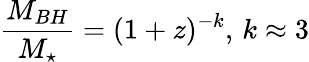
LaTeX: \frac{M_{BH}}{M_{\star}}=(1+z)^{-k},\, k\approx 3